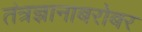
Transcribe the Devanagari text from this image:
तंत्रज्ञानाबरोबर